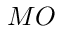
M O